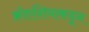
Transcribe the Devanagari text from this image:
क्रोएशियाकडून